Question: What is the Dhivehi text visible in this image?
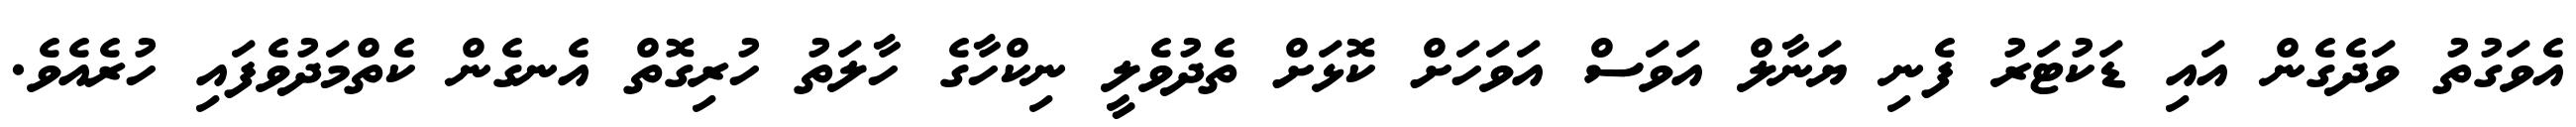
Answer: އެވަގުތު ވަދެގެން އައި ޑަކުޓަރު ފެނި ޔަނާލް އަވަސް އަވަހަށް ކޮޅަށް ތެދުވެލީ ނިކްހާގެ ހާލަތު ހުރިގޮތް އެނގެން ކެތްމަދުވެފައި ހުރެއެވެ.